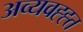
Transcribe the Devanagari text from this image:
अव्यवह्ह्त